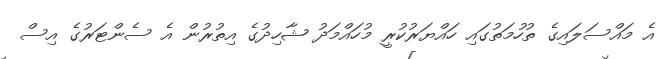
އެ މައްސަލައިގެ ތުހުމަތުގައި ހައްޔަރުކުރީ މުހައްމަދު ޝާހިދުގެ އިތުރުން އެ ސެންޓަރުގެ އިސް